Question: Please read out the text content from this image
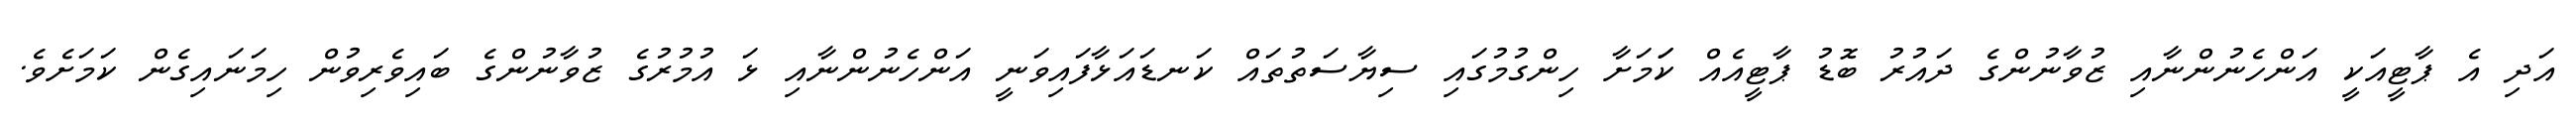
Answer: އަދި އެ ޕާޓީއަކީ އަންހެނުންނާއި ޒުވާނުންގެ ދައުރު ބޮޑު ޕާޓީއެއް ކަަމަށާ ހިންގުމުގައި ސިޔާސަތުތައް ކަނޑައަޅާފައިވަނީ އަންހެނުންނާއި ޅަ އުމުރުގެ ޒުވާނުންގެ ބައިވެރިވުން ހިމަނައިގެން ކަމަށެވެ.